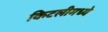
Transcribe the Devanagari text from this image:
किटलीमध्ये